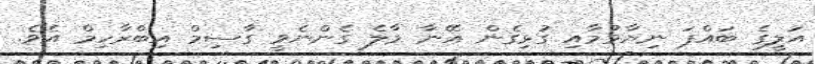
އަލީގެ ބައްޕަ ނިޔާވުމާއި ގުޅިގެން އޭނާ މާލެ ގެންނެވީ ގާސިމް އިބްރާހިމް އެވެ.